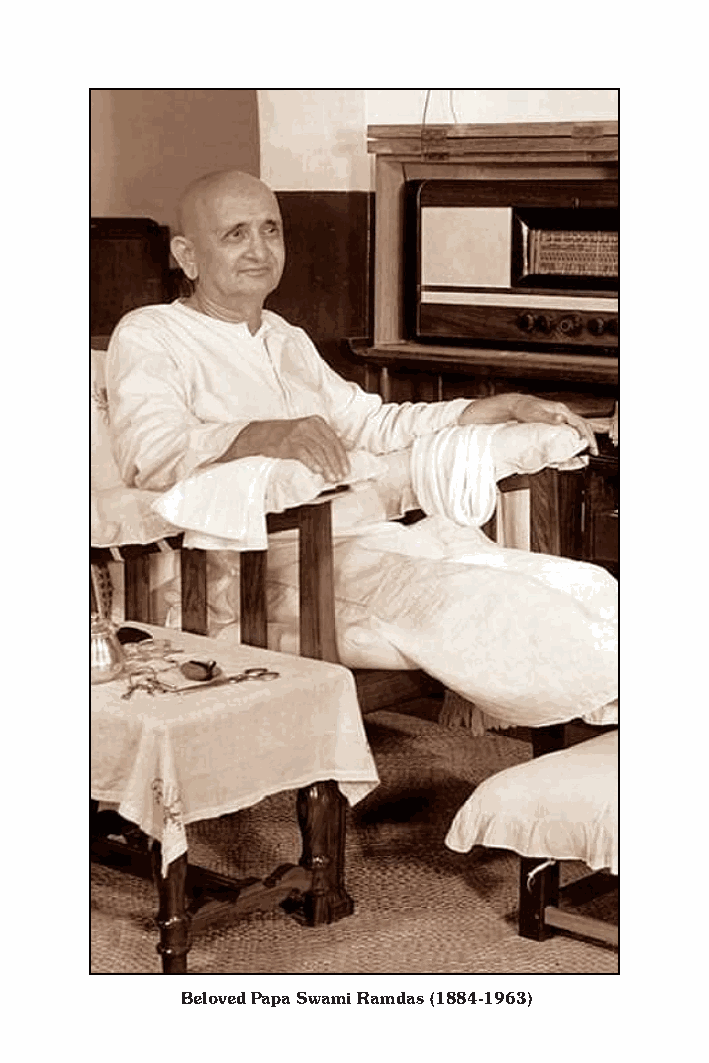
4             THE VISION      Aug 2021
 Beloved Papa Swami Ramdas (1884-1963)